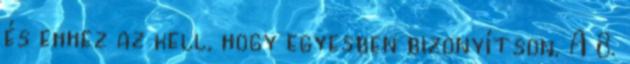
és ehhez az kell, hogy egyesben bizonyítson. A 8.